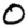
Digit: 0